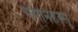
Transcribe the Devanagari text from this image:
गेंगनिहेस्सू